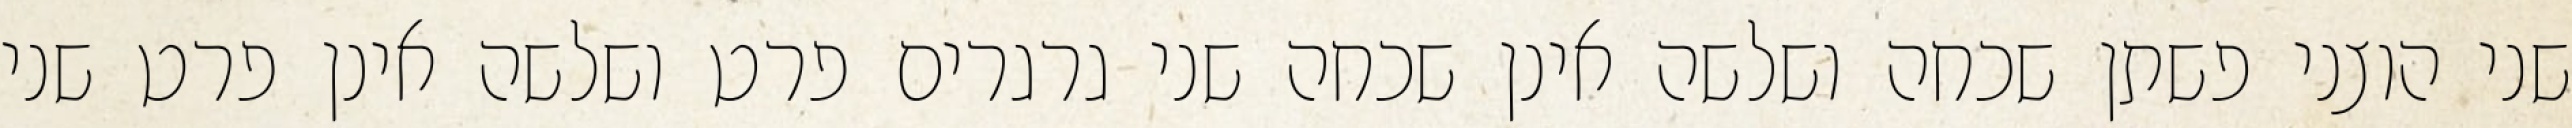
שני הוצני פשתן שכחה ושלשה אינן שכחה שני גרגרים פרט ושלשה אינן פרט שני